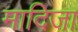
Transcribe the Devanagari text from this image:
मादिजा